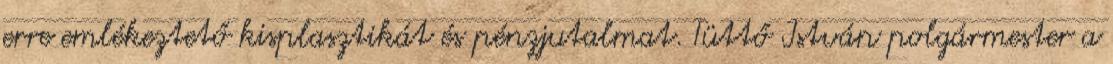
erre emlékeztető kisplasztikát és pénzjutalmat. Tüttő István polgármester a